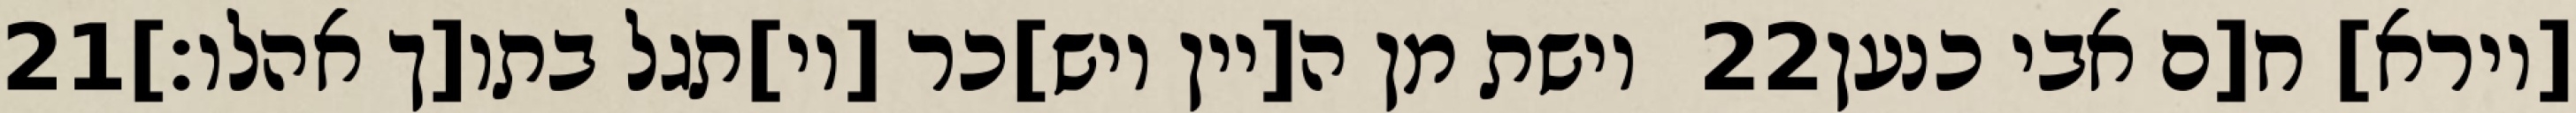
‎21‏ וישת מן ה[יין ויש]כר [וי]תגל בתו[ך אהלו׃] ‎22‏ [וירא] ח[ם אבי כנען